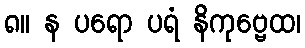
၈။ န ပရော ပရံ နိကုဗ္ဗေထ၊